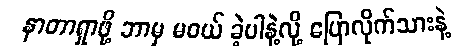
နာတာရှာဖို့ ဘာမှ မဝယ် ခဲ့ပါနဲ့လို့ ပြောလိုက်သားနဲ့